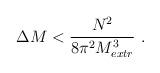
LaTeX: \begin{align*}\Delta M < {N^2\over 8\pi^2 M^3_{extr}} \ .\end{align*}